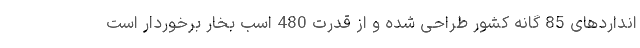
انداردهای 85 گانه کشور طراحی شده و از قدرت 480 اسب بخار برخوردار است